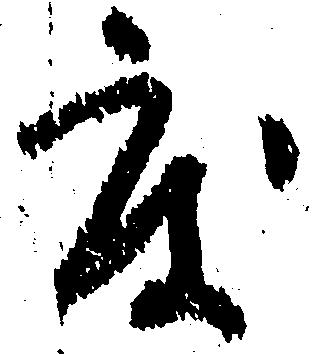
度